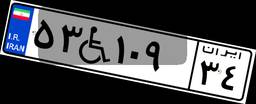
۵۳W۱۰۹۳۴